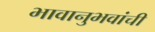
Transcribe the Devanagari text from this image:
भावानुभवांची